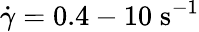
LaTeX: \dot{\gamma}=0.4-10\; \mathrm{{s^{-1}}}